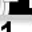
Digit: 1